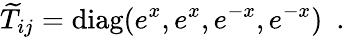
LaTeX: {\widetilde T}_{ij}=\mathrm{diag}(e^{x},e^{x},e^{-x},e^{-x})~~.